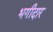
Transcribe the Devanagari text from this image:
भगीदार